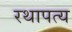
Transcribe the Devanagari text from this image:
रथापत्य